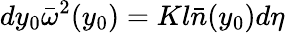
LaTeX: dy_{0}{\bar{\omega}}^{2}(y_{0})=Kl\bar{n}(y_{0})d\eta